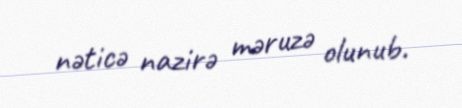
nəticə nazirə məruzə olunub.